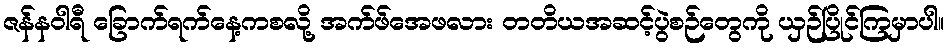
ဇန်နဝါရီ ခြောက်ရက်နေ့ကစလို့ အက်ဖ်အေဖလား တတိယအဆင့်ပွဲစဉ်တွေကို ယှဉ်ပြိုင်ကြမှာပါ။